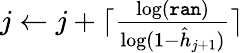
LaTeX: \begin{array}{r}{j\gets j+\lceil\frac{\log\left(\tt{ran}\right)}{\log(1-\hat{h}_{j+1})}\rceil}\end{array}